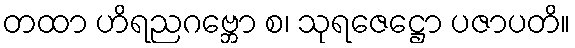
တထာ ဟိရညဂဗ္ဘော စ၊ သုရဇေဋ္ဌော ပဇာပတိ။